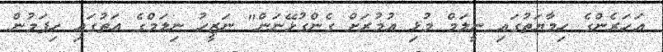
އަހަރެންގެ ހިމާޔަތުގައި ނީލަމް މުޅި އުމުރަށް ގެންގުޅޭނަން" ނަޒީހު ނިލަމްގެ އަތުގައި ހިފަމުން